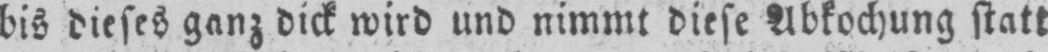
bis dieses ganz dick wird und nimmt diese Abkochung statt